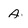
Character: A